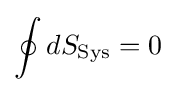
\oint dS_{\text{Sys}}=0